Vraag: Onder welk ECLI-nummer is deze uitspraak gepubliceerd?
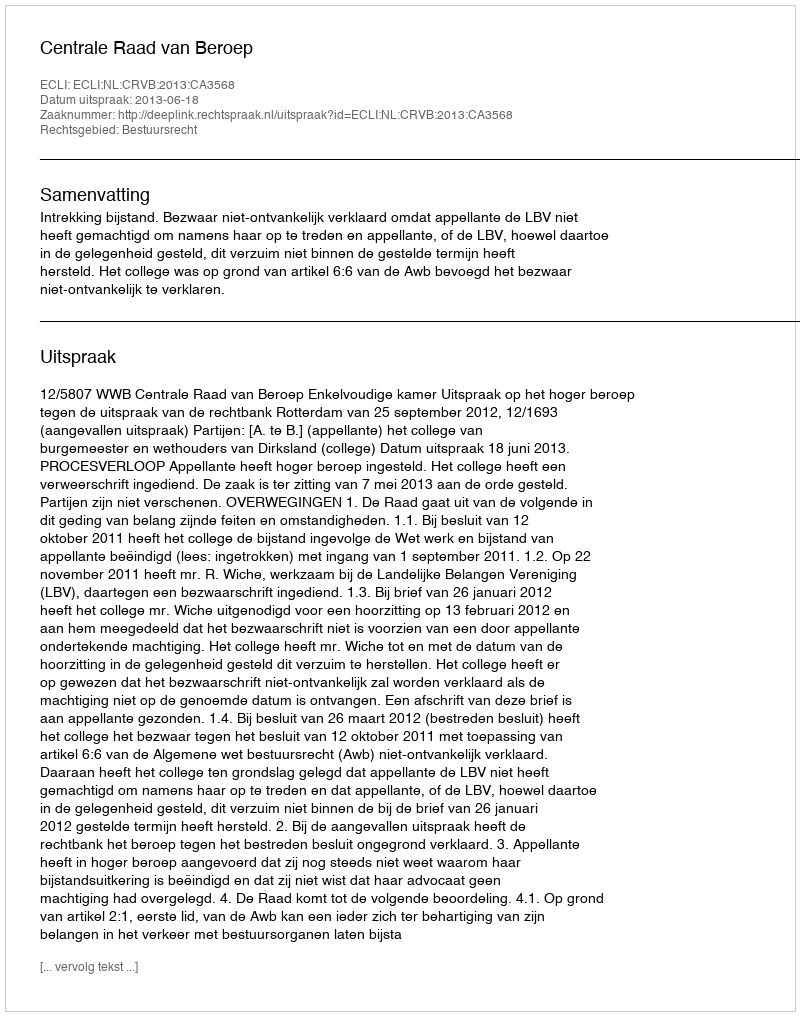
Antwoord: ECLI:NL:CRVB:2013:CA3568